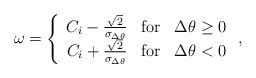
LaTeX: \begin{align*}\omega = \left\{ \begin{array}{rcl}C_{i}-\frac{\sqrt{2}}{\sigma _{\Delta \theta }} & \mbox{for} & \Delta \theta \geq 0 \\C_{i}+\frac{\sqrt{2}}{\sigma _{\Delta \theta }} & \mbox{for} & \Delta \theta < 0\end{array}\right. ,\end{align*}